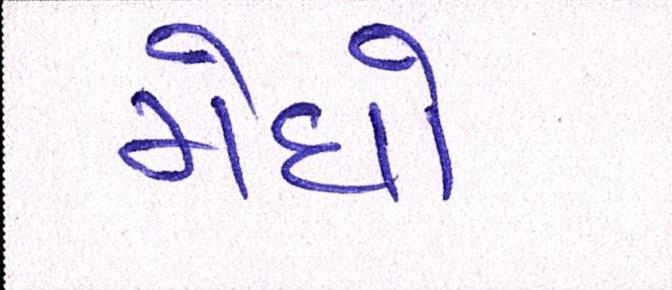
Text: મેઘો